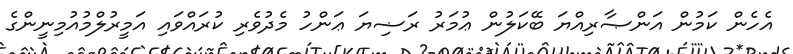
އެހެން ކަމުން އަންޞާރިއްޔަ ބޭކަލުން ޢުމަރު ރަޟިޔަ ޢަންހު މެދުވެރި ކުރައްވައި އަމީރުލްމުއުމިނީންގެ